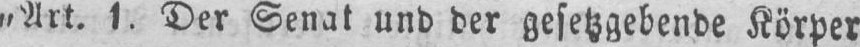
„Art. 1. Der Senat und der gesetzgebende Körper